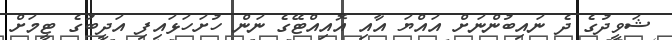
ޝަވީދުގެ ދެ ނައިބުންނަށް އައްޔަ އާއި އޮއިއްޓޭގެ ނަން ހުށަހަޅައިފި އަދީބުގެ ޓީމަށް